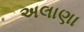
અલાણા